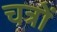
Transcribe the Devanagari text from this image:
चत्रों